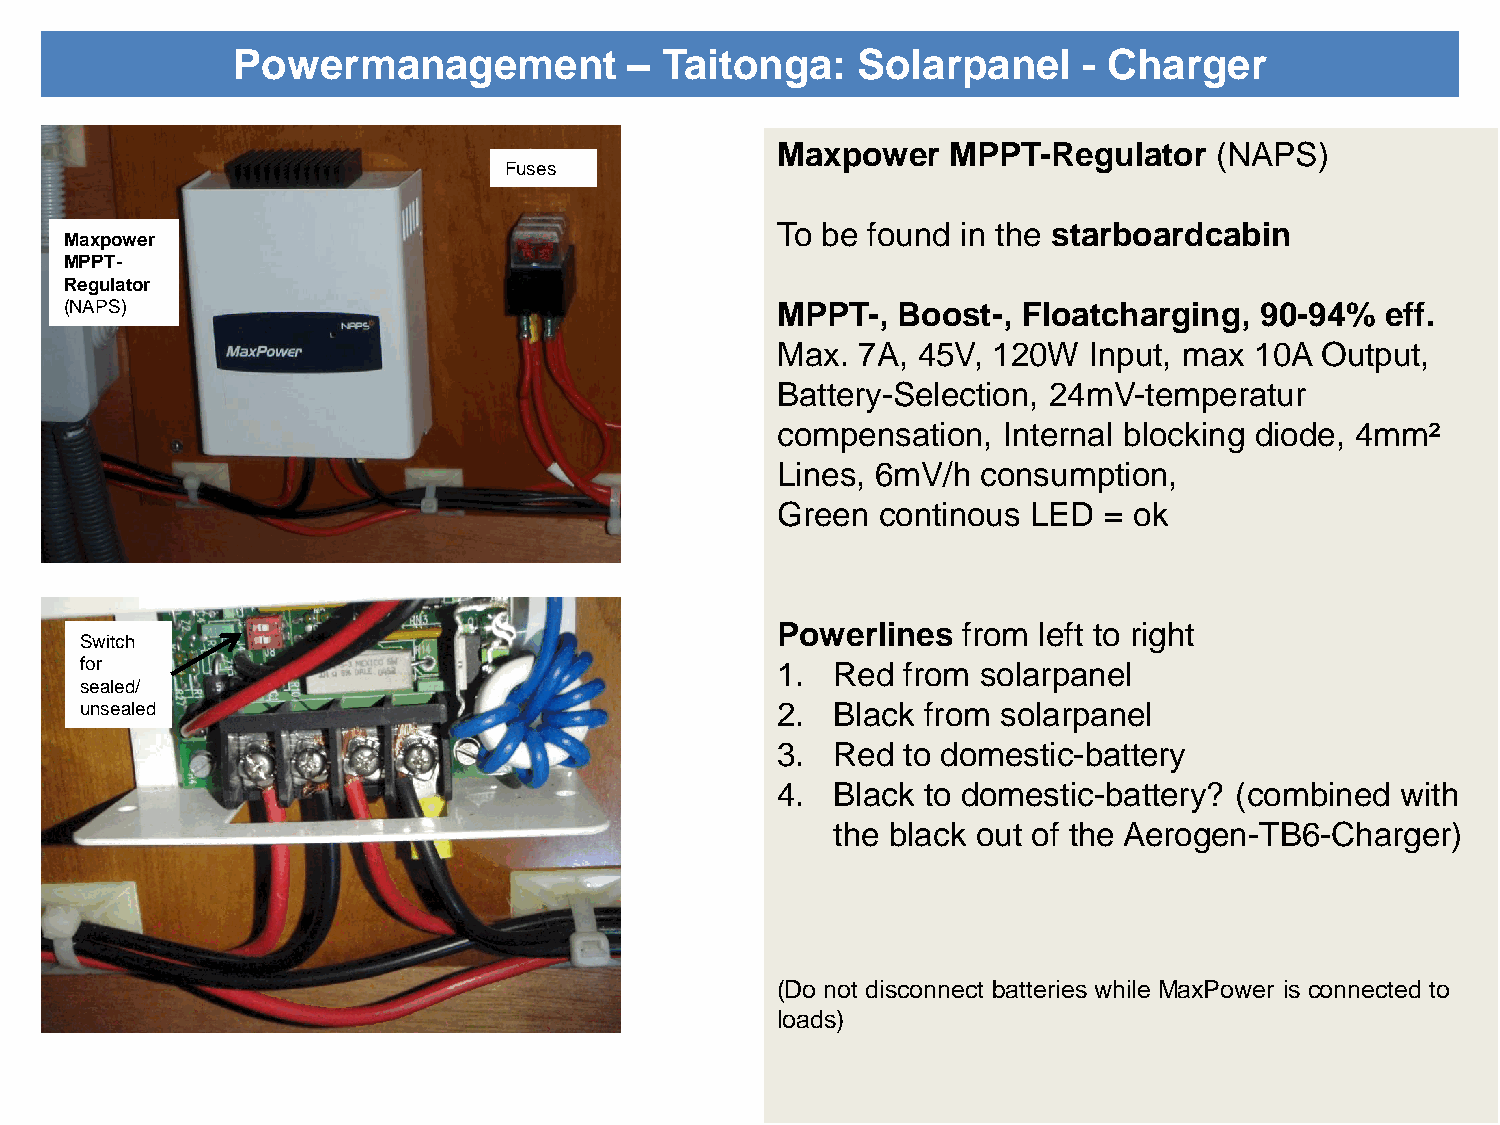
Powermanagement           –  Taitonga:    Solarpanel     - Charger
 Maxpower    MPPT-Regulator    (NAPS)
 Fuses
 To be found  in the starboardcabin
 Maxpower
 MPPT-
 Regulator
 (NAPS)                                         MPPT-,  Boost-,  Floatcharging, 90-94%   eff.
 Max.  7A, 45V, 120W  Input, max 10A Output,
 Battery-Selection, 24mV-temperatur
 compensation,  Internal blocking diode, 4mm²
 Lines, 6mV/h  consumption,
 Green  continous LED  = ok
 Powerlines   from left to right
 Switch
 for                                           1.  Red  from solarpanel
 sealed/
 unsealed                                      2.  Black from solarpanel
 3.  Red  to domestic-battery
 4.  Black to domestic-battery? (combined  with
 the black out of the Aerogen-TB6-Charger)
 (Do not disconnect batteries while MaxPower is connected to
 loads)
 05/2012